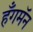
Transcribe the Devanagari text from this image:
हँगमॅन